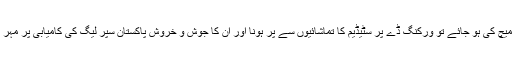
اب بات فائنل میچ کی ہو جائے تو ورکنگ ڈے پر سٹیڈیم کا تماشائیوں سے پر ہونا اور ان کا جوش و خروش پاکستان سپر لیگ کی کامیابی پر مہر ثبت کرتا ہے۔